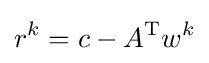
r^{k}=c-A^{\operatorname {T} }w^{k}